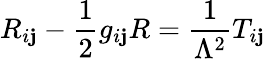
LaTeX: R_{i\mathbf{j}}-{\frac{{1}}{{2}}}g_{i\mathbf{j}}R={\frac{{1}}{{\Lambda^{2}}}}T_{i\mathbf{j}}